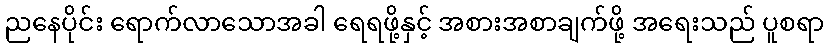
ညနေပိုင်း ရောက်လာသောအခါ ရေရဖို့နှင့် အစားအစာချက်ဖို့ အရေးသည် ပူစရာ